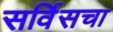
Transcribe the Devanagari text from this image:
सर्विसचा